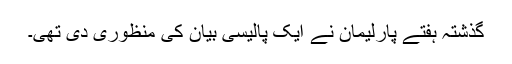
گذشتہ ہفتے پارلیمان نے ایک پالیسی بیان کی منظوری دی تھی۔